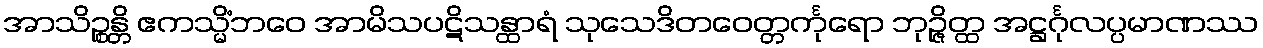
အာသိဉ္စန္တိ ဧကသ္မိံဘဝေ အာမိသပဋိသန္ထာရံ သုသေဒိတဝေတ္တင်္ကုရော ဘုဉ္ဇိတ္ထ အဋ္ဌင်္ဂုလပ္ပမာဏဿ